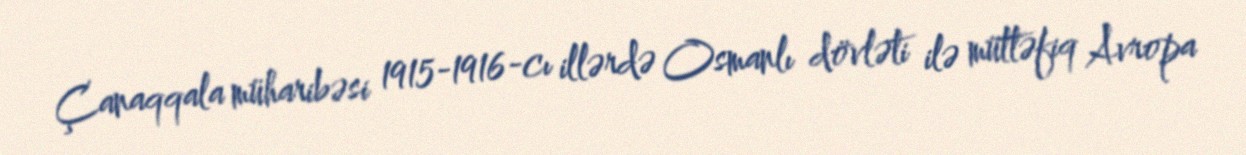
Çanaqqala müharibəsi 1915-1916-cı illərdə Osmanlı dövləti ilə müttəfiq Avropa